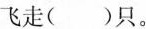
飞走( )只。